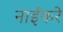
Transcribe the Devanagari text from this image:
नाईकरे